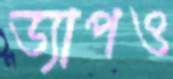
ড্যাপও